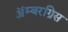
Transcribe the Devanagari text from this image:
ॲम्बरग्रिस